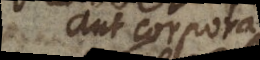
aut corporis